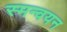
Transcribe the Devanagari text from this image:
स्मन्वयन